Report on sanitation, dispensaries, and jails in Rajputana for 1911, and on vaccination for the year 1911-1912 - 1911-1912
Year: 1911
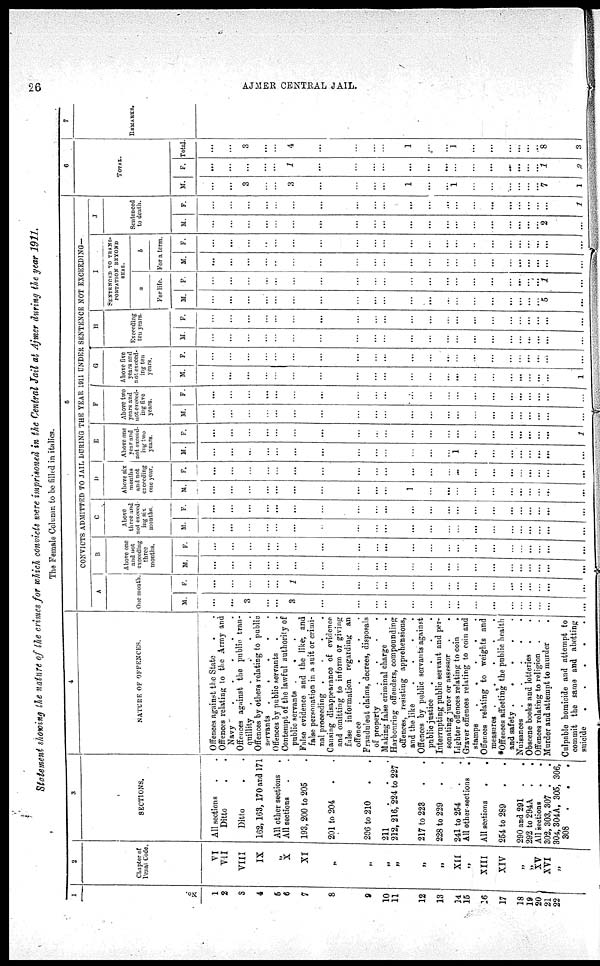
26
AJMER CENTRAL JAIL.
Statement showing the nature of the crimes for which convicts were imprisoned in the Central Jail at Ajmer during the year 1911.
The Female Column to be filled in italics.
1
No.
1
2
3
4
5
6
7
8
9
10
11
12
13
14
15
16
17
18
19
20
21
22
2
Chapter of
Penal Code
VI
VII
VIII
IX
„
X
XI
„
„
„
„
„
„
XII
„
XIII
XIV
,,
„
XV
XVI
„
3
SECTIONS.
All sections . .
Ditto . .
Ditto . .
162,163, 170 and 171
All other sections .
All sections . .
193, 200 to 205 .
201 to 204 . .
206 to 210 . .
211 . .
212, 216, 224 to 227
217 to 223 . .
228 to 229 . .
241 to 254 . .
All other sections .
All sections
.
.
254 to 289 . .
290 and 291 . .
292 to 294A . .
All sections
. .
302,303,307 . .
304, 304A, 305, 306,
308
.
. .
4
NATURE OF OFFENCES.
Offences against the State . .
Offences relating to the Army and
Navy
.
.
.
.
.
Offences against the public tran-
quillity
.
.
.
.
.
Offences by others relating to public
servants .
.
.
.
.
Offences by public servants . .
Contempt of the lawful authority of
public servants .
. .
False evidence and the like, and
false personation in a suit or crimi-
nal proceeding .
.
.
.
Causing disappearance of evidence
and omitting to inform or giving
false information regarding an
offence
.
.
.
.
.
Fraudulent claims, decrees, disposals
of property
.
.
.
.
Making false criminal charge .
Harbouring offenders, compounding
offences, resisting apprehensions,
and the like
.
.
.
.
Offences by public servants against
public justice
.
.
.
.
Interrupting public servant and per-
sonating juror or assessor . .
Lighter offences relating to coin .
Graver offences relating to coin and
stamps
.
.
.
.
.
Offences relating to weights and
measures .
.
.
.
.
*Offences affecting the public health
and safety .
.
.
.
.
Nuisances .
.
.
.
.
Obscene books and lotteries . .
Offences relating to religion . .
Murder and attempt to murder .
Culpable homicide and attempt to
commit the same and abetting
suicide
.
.
.
.
.
5
CONVICTS ADMITTED TO JAIL DURING THE YEAR 1911 UNDER SENTENCE NOT EXCEEDING—
A
One month
M.
...
...
3
...
...
3
...
...
...
...
...
...
...
...
...
...
...
...
...
...
...
...
F.
...
...
...
...
...
1
...
...
...
...
...
...
...
...
...
...
...
...
...
...
...
...
B
Above one
and not
exceeding
three
months.
M.
...
...
...
...
...
...
...
...
...
...
...
...
...
...
...
...
...
...
...
...
...
...
F
...
...
...
...
...
...
...
...
...
...
...
...
...
...
...
...
...
...
...
...
...
...
C
Above
three and
not exceed-
ing six
months.
M.
...
...
...
...
...
...
...
...
...
...
...
...
...
...
...
...
...
...
...
...
...
...
F.
...
...
...
...
...
...
...
...
...
...
...
...
...
...
...
...
...
...
...
...
...
...
D
Above six
months
and not
exceeding
one year.
M.
...
...
...
...
...
...
...
...
...
...
1
...
...
...
...
...
...
...
...
...
...
...
F.
...
...
...
...
...
...
...
...
...
...
...
...
...
...
...
...
...
...
...
...
...
...
E
Above one
year and
not exceed-
ing two
years.
M.
...
...
...
...
...
...
...
...
...
...
...
...
...
1
...
...
...
...
...
...
...
...
F.
...
...
...
...
...
...
...
...
...
...
...
...
...
...
...
...
...
...
...
...
...
1
F
Above two
years and
not exceed-
ing five
years.
M.
...
...
...
...
...
...
...
...
...
...
...
...
...
...
...
...
...
...
...
...
...
...
F.
...
...
...
...
...
...
...
...
...
...
...
...
...
...
...
...
...
...
...
...
...
...
G
Above five
years and
not exceed-
ing ten
years.
M.
...
...
...
...
...
...
...
...
...
...
...
...
...
...
...
...
...
...
...
...
...
1
F.
...
...
...
...
...
...
...
...
...
...
...
...
...
...
...
...
...
...
...
...
...
...
H
Exceeding
ten years.
M.
...
...
...
...
...
...
...
...
...
...
...
...
...
...
...
...
...
...
...
...
...
...
F.
...
...
...
...
...
...
...
...
...
...
...
...
...
...
...
...
...
...
...
...
...
...
I
SENTENCED TO TRANS-
PORTATION BEYOND
SEAS.
a
For life.
M.
...
...
...
...
...
...
...
...
...
...
...
...
...
...
...
...
...
...
...
...
5
...
F.
...
...
...
...
...
...
...
...
...
...
...
...
...
...
...
...
...
...
...
...
1
...
b
For a terra.
M.
...
...
...
...
...
...
...
...
...
...
...
...
...
...
...
...
...
...
...
...
...
...
F.
...
...
...
...
...
...
...
...
...
...
...
...
...
...
...
...
...
...
...
...
...
....
J
Sentenced
to death.
M.
...
...
...
...
...
...
...
...
...
...
...
...
...
...
...
...
...
...
...
...
2
...
F.
...
...
...
...
...
...
...
...
...
...
...
...
...
...
...
...
...
...
...
...
...
1
6
TOTAL.
M.
...
...
3
...
...
3
...
...
...
...
1
...
...
1
...
...
...
...
...
...
7
2
F.
...
...
...
...
...
1
...
...
...
...
...
...
...
...
...
...
...
...
...
...
1
2
Total.
...
...
3
...
...
4
...
...
...
...
1
...
...
1
...
...
...
...
...
...
8
3
7
REMARKS.
...